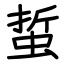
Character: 蜇